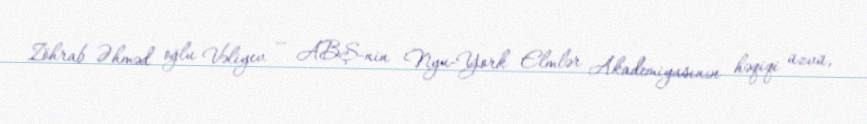
Zöhrab Əhməd oğlu Vəliyev — ABŞ-nin Nyu-York Elmlər Akademiyasının həqiqi üzvü,